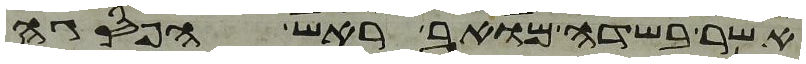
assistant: אשר בשדה מואב ראש הפסגה